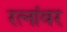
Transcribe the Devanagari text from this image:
रत्‍नांवर